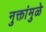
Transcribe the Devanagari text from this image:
नुक्तांमुळे